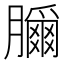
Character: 𦢣